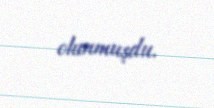
olunmuşdu.